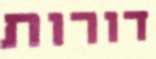
דורות